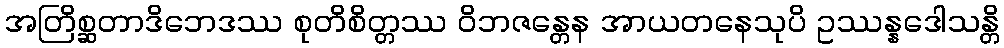
အတြိစ္ဆတာဒိဘေဒဿ စုတိစိတ္တဿ ဝိဘဇန္တေန အာယတနေသုပိ ဥဿန္နဒေါသန္တိ